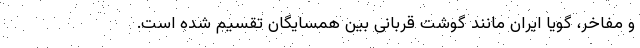
و مفاخر، گویا ایران مانند گوشت قربانی بین همسایگان تقسیم شده است.